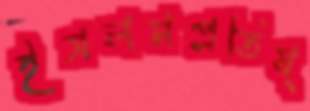
ইসলমপ্রতিষ্